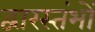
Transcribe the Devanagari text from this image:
द्वारस्तंभों